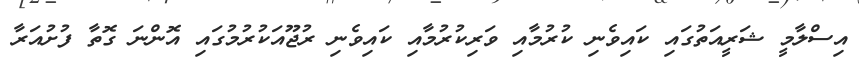
އިސްލާމީ ޝަރީއަތުގައި ކައިވެނި ކުރުމާއި ވަރިކުރުމާއި ކައިވެނި ރުޖޫއަކުރުމުގައި އޮންނަ ގޮތާ ފުށުއަރާ